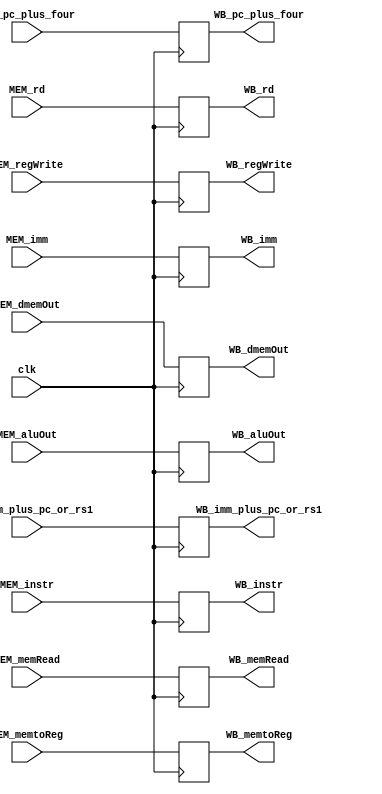
`timescale 1ns / 1ps

module MEM_WB_register(
    input clk,
    input [2:0] MEM_memtoReg, //wb
    input MEM_regWrite, //wb
    input MEM_memRead,
        
    input [31:0] MEM_aluOut,
    
    input [31:0] MEM_dmemOut,
    
    input [4:0] MEM_rd,
    
    input [31:0] MEM_imm,
    
    input [31:0] MEM_pc_plus_four,
    
    input [31:0] MEM_imm_plus_pc_or_rs1,
    
    input [31:0] MEM_instr,
    
    output reg [2:0] WB_memtoReg=0, //wb
    output reg WB_regWrite=0, //wb
    
    output reg [31:0] WB_aluOut=0,
    
    output reg [31:0] WB_dmemOut=0,
    
    output reg [4:0] WB_rd=0,
    
    output reg [31:0] WB_imm=0,
    
    output reg [31:0] WB_pc_plus_four=0,
    
    output reg [31:0] WB_imm_plus_pc_or_rs1=0,
    
    output reg WB_memRead=0,
    
    output reg [31:0] WB_instr=0

    );
    
    
    always @(posedge clk) begin
        WB_memtoReg<=MEM_memtoReg;
        WB_regWrite<=MEM_regWrite;
    
        WB_aluOut<=MEM_aluOut;
        WB_dmemOut<=MEM_dmemOut;
        WB_rd<=MEM_rd;
        WB_imm<=MEM_imm;
    
        WB_pc_plus_four<=MEM_pc_plus_four;
        
        WB_imm_plus_pc_or_rs1<=MEM_imm_plus_pc_or_rs1;
        
        WB_memRead<=MEM_memRead;
        
        WB_instr<=MEM_instr;
    end
    
    
    
    
    
    
    
    
endmodule